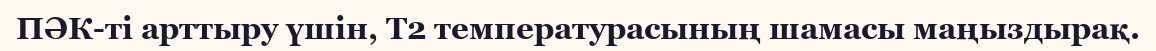
ПӘК-ті арттыру үшін, Т2 температурасының шамасы маңыздырақ.